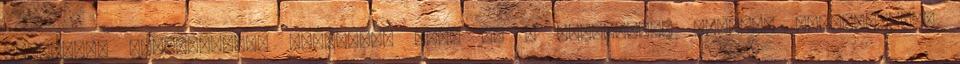
tartalma: Számítógépes biztonság Jáva és a biztonság. Fejlett programozási